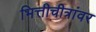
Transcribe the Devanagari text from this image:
भित्तीचीत्रांवर